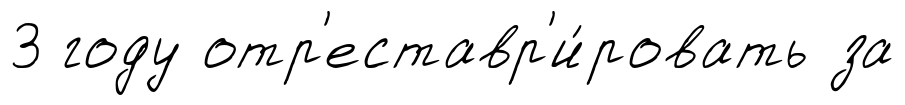
3 году отр'еставр'и́ровать за